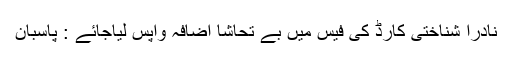
نادرا شناختی کارڈ کی فیس میں بے تحاشا اضافہ واپس لیاجائے : پاسبان